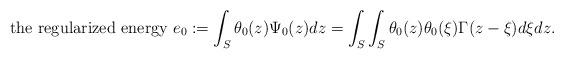
LaTeX: \begin{align*}\mbox{the regularized energy } e_0:=\int_S \theta_0(z)\Psi_0(z)dz=\int_{S}\int_{S} \theta_0(z) \theta_0(\xi) \Gamma(z-\xi)d\xi dz.\end{align*}